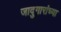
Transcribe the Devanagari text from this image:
जादुगारांच्या